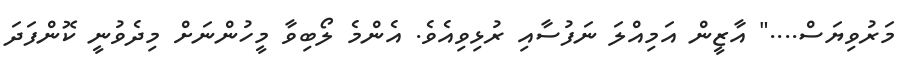
މަރުވިޔަސް...." އާޒީން އަމިއްލަ ނަފުސާއި ރުޅިވިއެވެ. އެންމެ ލޯބިވާ މީހުންނަށް މިދެވުނީ ކޮންފަދަ